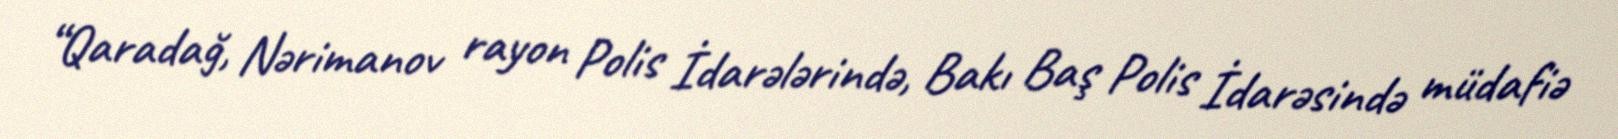
“Qaradağ, Nərimanov rayon Polis İdarələrində, Bakı Baş Polis İdarəsində müdafiə